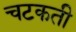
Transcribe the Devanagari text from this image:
चटकती